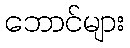
ဘောင်များ